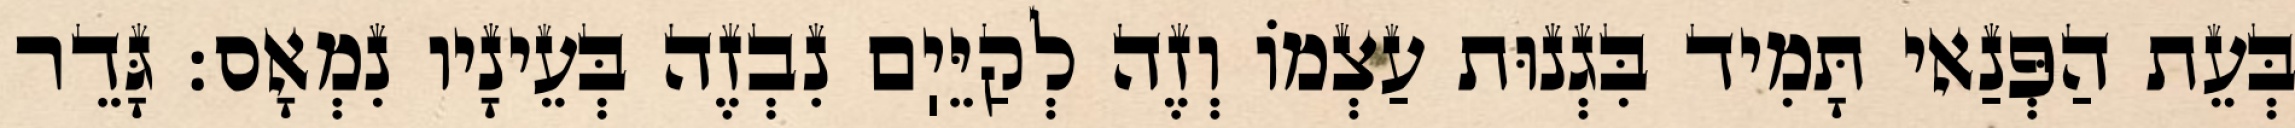
בְּעֵת הַפְּנַאי תָּמִיד בִּגְנוּת עַצְמוֹ וְזֶה לְקַיֵּיֽם נִבְזֶה בְּעֵינָיו נִמְאָס: גָּדֵר